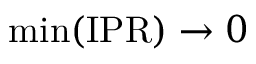
\operatorname* { m i n } ( \mathrm { I P R } ) \rightarrow 0